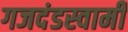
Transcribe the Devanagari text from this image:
गजदंडस्वामी